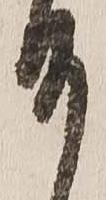
御